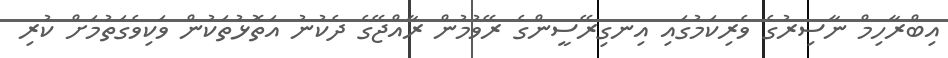
އިބްރާހިމް ނާސިރުގެ ވެރިކަމުގައި އިނގިރޭސީންގެ ރޭވުމުން ރާއްޖޭގެ ދެކުނު އަތޮޅުތަކުން ވަކިވެގަތުމަށް ކުރި